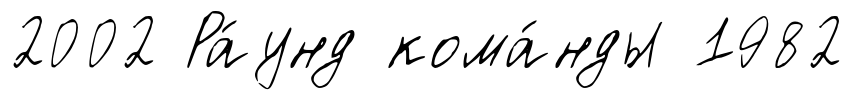
2002 Ра́унд кома́нды 1982